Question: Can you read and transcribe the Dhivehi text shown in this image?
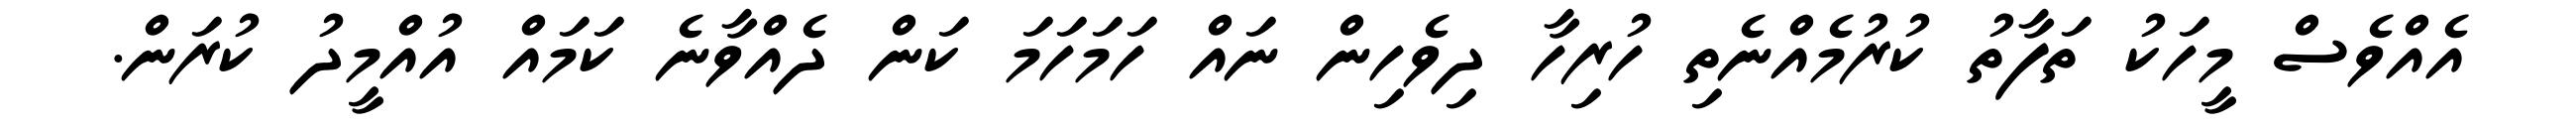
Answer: އެއްވެސް މީހަކު ތަފާތު ކުރުމެއްނެތި ހުރިހާ ދިވެހިން ނައް ހަމަހަމަ ކަން ދެއްވާނެ ކަމައް އުއްމީދު ކުރަން.